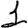
Digit: 1